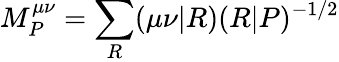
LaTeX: M_{P}^{\mu\nu}=\sum_{R}(\mu\nu|R)(R|P)^{-1/2}